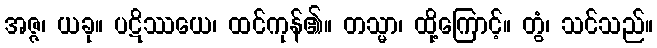
အဇ္ဇ၊ ယခု။ ပဋိဿယေ၊ ထင်ကုန်၏။ တသ္မာ၊ ထို့ကြောင့်။ တွံ၊ သင်သည်။